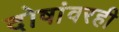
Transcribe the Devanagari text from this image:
दोषांवरही